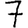
Digit: 7